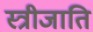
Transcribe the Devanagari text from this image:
स्त्रीजाति